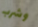
وشرب